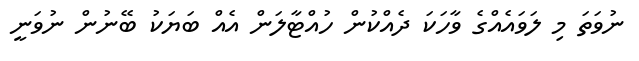
ނުވަތަ މި ލަވައެއްގެ ވާހަކަ ދެއްކުން ހުއްޓާލަން އެއް ބަޔަކު ބޭނުން ނުވަނީ